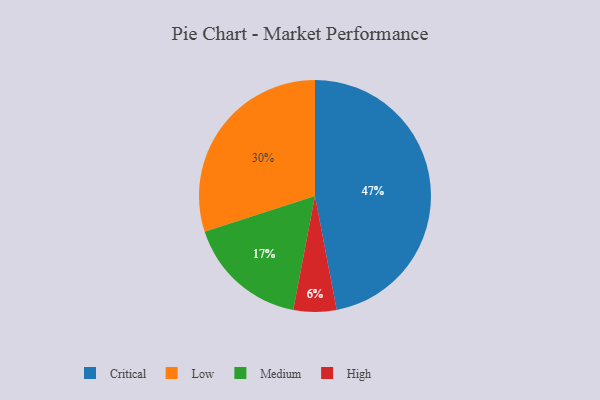
{"axis": {"x": "Category", "y": "Percentage"}, "legend": ["Critical", "High", "Low", "Medium"], "data": [{"x": "Medium", "y": 17, "type": "Medium"}, {"x": "Critical", "y": 47, "type": "Critical"}, {"x": "High", "y": 6, "type": "High"}, {"x": "Low", "y": 30, "type": "Low"}]}